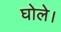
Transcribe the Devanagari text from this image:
घोले।